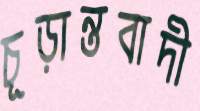
চূড়ান্তবাদী